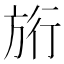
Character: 𭤷